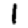
Digit: 1